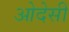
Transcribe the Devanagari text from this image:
ओदेसी